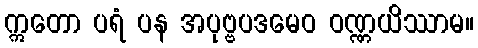
ဣတော ပရံ ပန အပုဗ္ဗပဒမေဝ ဝဏ္ဏယိဿာမ။